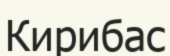
Кирибас